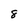
Character: 8